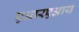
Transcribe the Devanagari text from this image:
एआरएआय